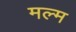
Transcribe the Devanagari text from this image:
मल्म